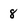
Character: 8